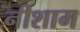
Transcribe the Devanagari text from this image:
नीशाम